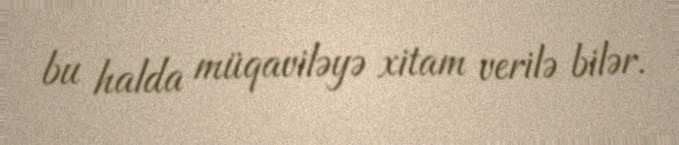
bu halda müqaviləyə xitam verilə bilər.